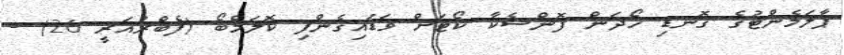
ޕާލަމެންޓުގެ ގޮނޑި ހޯދަން ފޮންސެކާ ކޯޓަށް ވަޑައިގެންފި ކޮލަމްބޯ (ފެބްރުއަރީ 26) -